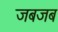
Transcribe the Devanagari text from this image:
जबजब